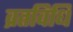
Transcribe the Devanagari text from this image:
व्रतविधि